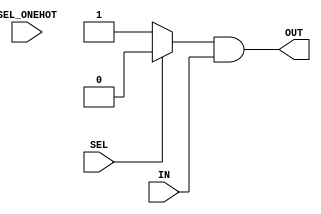
// -- (c) Copyright 2009 - 2011 Xilinx, Inc. All rights reserved.
// --
// -- This file contains confidential and proprietary information
// -- of Xilinx, Inc. and is protected under U.S. and 
// -- international copyright and other intellectual property
// -- laws.
// --
// -- DISCLAIMER
// -- This disclaimer is not a license and does not grant any
// -- rights to the materials distributed herewith. Except as
// -- otherwise provided in a valid license issued to you by
// -- Xilinx, and to the maximum extent permitted by applicable
// -- law: (1) THESE MATERIALS ARE MADE AVAILABLE "AS IS" AND
// -- WITH ALL FAULTS, AND XILINX HEREBY DISCLAIMS ALL WARRANTIES
// -- AND CONDITIONS, EXPRESS, IMPLIED, OR STATUTORY, INCLUDING
// -- BUT NOT LIMITED TO WARRANTIES OF MERCHANTABILITY, NON-
// -- INFRINGEMENT, OR FITNESS FOR ANY PARTICULAR PURPOSE; and
// -- (2) Xilinx shall not be liable (whether in contract or tort,
// -- including negligence, or under any other theory of
// -- liability) for any loss or damage of any kind or nature
// -- related to, arising under or in connection with these
// -- materials, including for any direct, or any indirect,
// -- special, incidental, or consequential loss or damage
// -- (including loss of data, profits, goodwill, or any type of
// -- loss or damage suffered as a result of any action brought
// -- by a third party) even if such damage or loss was
// -- reasonably foreseeable or Xilinx had been advised of the
// -- possibility of the same.
// --
// -- CRITICAL APPLICATIONS
// -- Xilinx products are not designed or intended to be fail-
// -- safe, or for use in any application requiring fail-safe
// -- performance, such as life-support or safety devices or
// -- systems, Class III medical devices, nuclear facilities,
// -- applications related to the deployment of airbags, or any
// -- other applications that could lead to death, personal
// -- injury, or severe property or environmental damage
// -- (individually and collectively, "Critical
// -- Applications"). Customer assumes the sole risk and
// -- liability of any use of Xilinx products in Critical
// -- Applications, subject only to applicable laws and
// -- regulations governing limitations on product liability.
// --
// -- THIS COPYRIGHT NOTICE AND DISCLAIMER MUST BE RETAINED AS
// -- PART OF THIS FILE AT ALL TIMES.
//-----------------------------------------------------------------------------
//
//
// Description: N:1 MUX based on either binary-encoded or one-hot select input
//   One-hot mode does not protect against multiple active SEL_ONEHOT inputs.
//   Note: All port signals changed to all-upper-case (w.r.t. prior version).
//
//-----------------------------------------------------------------------------

`timescale 1ps/1ps
`default_nettype none

module nto1_mux #
  (
   parameter integer C_RATIO         =  1,  // Range: >=1
   parameter integer C_SEL_WIDTH     =  1,  // Range: >=1; recommended: ceil_log2(C_RATIO)
   parameter integer C_DATAOUT_WIDTH =  1,  // Range: >=1
   parameter integer C_ONEHOT        =  0   // Values: 0 = binary-encoded (use SEL); 1 = one-hot (use SEL_ONEHOT)
   )
  (
   input  wire [C_RATIO-1:0]                 SEL_ONEHOT,  // One-hot mux select (only used if C_ONEHOT=1)
   input  wire [C_SEL_WIDTH-1:0]             SEL,         // Binary-encoded mux select (only used if C_ONEHOT=0)
   input  wire [C_RATIO*C_DATAOUT_WIDTH-1:0] IN,          // Data input array (num_selections x data_width)
   output wire [C_DATAOUT_WIDTH-1:0]         OUT          // Data output vector
   );

  wire [C_DATAOUT_WIDTH*C_RATIO-1:0] carry;
  genvar i;
  
  generate
    if (C_ONEHOT == 0) begin : gen_encoded
      assign carry[C_DATAOUT_WIDTH-1:0] = {C_DATAOUT_WIDTH{(SEL==0)?1'b1:1'b0}} & IN[C_DATAOUT_WIDTH-1:0];
      for (i=1;i<C_RATIO;i=i+1) begin : gen_carrychain_enc
        assign carry[(i+1)*C_DATAOUT_WIDTH-1:i*C_DATAOUT_WIDTH] = 
               carry[i*C_DATAOUT_WIDTH-1:(i-1)*C_DATAOUT_WIDTH] |
               {C_DATAOUT_WIDTH{(SEL==i)?1'b1:1'b0}} & IN[(i+1)*C_DATAOUT_WIDTH-1:i*C_DATAOUT_WIDTH];
      end
    end else begin : gen_onehot
      assign carry[C_DATAOUT_WIDTH-1:0] = {C_DATAOUT_WIDTH{SEL_ONEHOT[0]}} & IN[C_DATAOUT_WIDTH-1:0];
      for (i=1;i<C_RATIO;i=i+1) begin : gen_carrychain_hot
        assign carry[(i+1)*C_DATAOUT_WIDTH-1:i*C_DATAOUT_WIDTH] = 
               carry[i*C_DATAOUT_WIDTH-1:(i-1)*C_DATAOUT_WIDTH] |
               {C_DATAOUT_WIDTH{SEL_ONEHOT[i]}} & IN[(i+1)*C_DATAOUT_WIDTH-1:i*C_DATAOUT_WIDTH];
      end
    end
  endgenerate
  assign OUT = carry[C_DATAOUT_WIDTH*C_RATIO-1:
                     C_DATAOUT_WIDTH*(C_RATIO-1)];
endmodule

`default_nettype wire